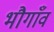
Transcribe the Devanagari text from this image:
भौगाँव